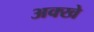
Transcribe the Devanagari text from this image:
अक्खे